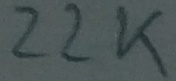
Text: 22K